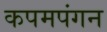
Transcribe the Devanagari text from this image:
कपमपंगन